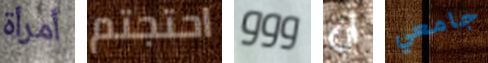
أمرأة احتجتم ووو أن جامعي